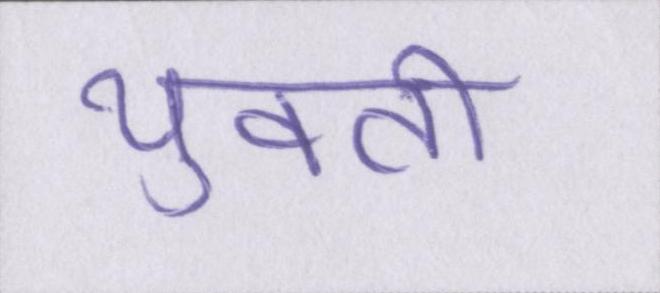
युवती